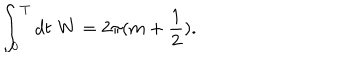
\int _ { 0 } ^ { T } d t \, \, W = 2 \pi ( m + \frac { 1 } { 2 } ) .